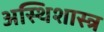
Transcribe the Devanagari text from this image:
अस्थिशास्त्र